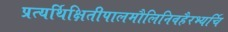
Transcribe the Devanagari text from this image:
प्रत्यर्थिक्षितीपालमौलिनिवहैरभ्यर्चि